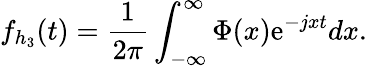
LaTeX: f_{{h_{3}}}(t)=\frac{1}{2\pi}\int_{-\infty}^{\infty}\Phi(x)\textrm{e}^{-jxt}dx.